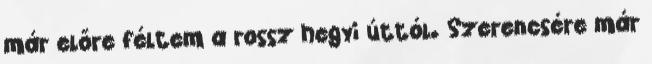
már előre féltem a rossz hegyi úttól. Szerencsére már